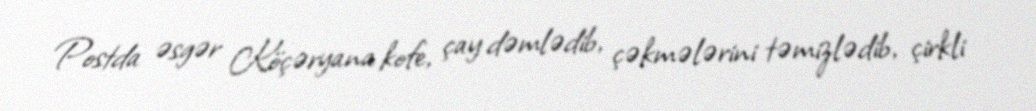
Postda əsgər Köçəryana kofe, çay dəmlədib, çəkmələrini təmizlədib, çirkli